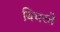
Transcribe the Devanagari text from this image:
बिचरते